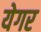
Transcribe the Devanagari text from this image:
येगर